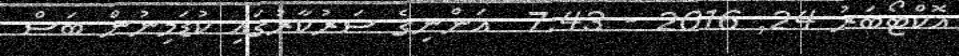
އޮކްޓޯބަރު 24